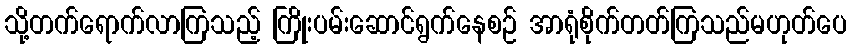
သို့တက်ရောက်လာကြသည့် ကြိုးပမ်းဆောင်ရွက်နေစဉ် အာရုံစိုက်တတ်ကြသည်မဟုတ်ပေ